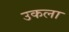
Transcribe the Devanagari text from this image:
उकला